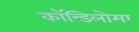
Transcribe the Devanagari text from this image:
कॉन्डिलोमा